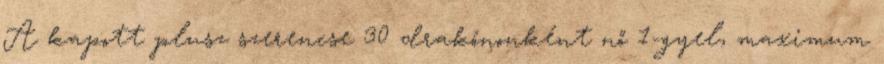
A kapott plusz szerencse 30 drakónonként nő 1-gyel, maximum